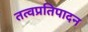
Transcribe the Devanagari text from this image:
तत्वप्रतिपादन